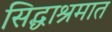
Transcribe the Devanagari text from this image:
सिद्धाश्रमात